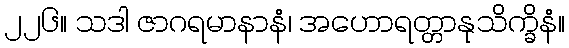
၂၂၆။ သဒါ ဇာဂရမာနာနံ၊ အဟောရတ္တာနုသိက္ခိနံ။